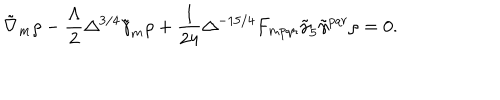
\tilde { \nabla } _ { m } \rho - \frac { \Lambda } { 2 } \Delta ^ { 3 / 4 } \tilde { \gamma } _ { m } \rho + \frac { 1 } { 2 4 } \Delta ^ { - 1 5 / 4 } F _ { m p q r } \tilde { \gamma } _ { 5 } \tilde { \gamma } ^ { p q r } \rho = 0 .